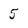
Character: 5